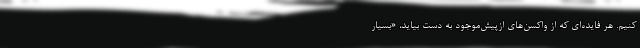
کنیم. هر فایده‌ای که از واکسن‌های از‌پیش‌موجود به دست بیاید، «بسیار